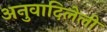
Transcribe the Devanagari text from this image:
अनुवादिलेली